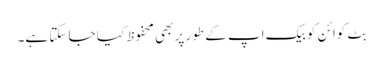
بِٹ کوائن کو بیک اپ کے طور پر بھی محفوظ کیا جا سکتا ہے۔